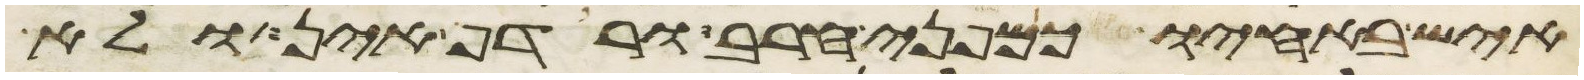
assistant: איש באחיו כמפני חרב ורדף אין ולא